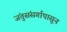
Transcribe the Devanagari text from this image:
जंतुसंसर्गापासून